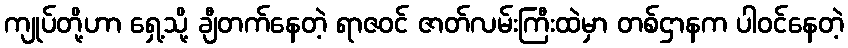
ကျုပ်တို့ဟာ ရှေ့သို့ ချီတက်နေတဲ့ ရာဇဝင် ဇာတ်လမ်းကြီးထဲမှာ တစ်ဌာနက ပါဝင်နေတဲ့